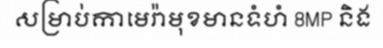
សម្រាប់កាមេរ៉ាមុខមានទំហំ 8MP និង